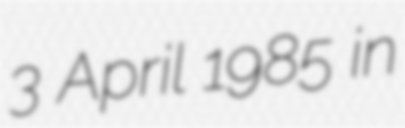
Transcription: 3 April 1985 in